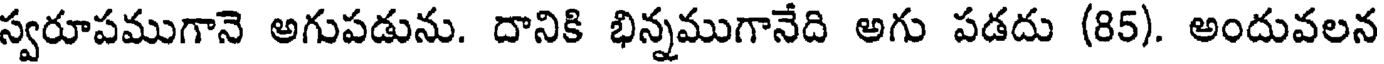
స్వరూపముగానె అగుపడును. దానికి భిన్నముగానేది అగు పడదు (85). అందువలన